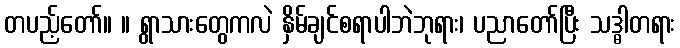
တပည့်တော်။ ။ ရွာသားတွေကလဲ နှိမ်ချင်စရာပါဘဲဘုရား၊ ပညာတော်ပြီး သဒ္ဓါတရား